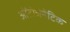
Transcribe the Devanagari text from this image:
ओंटोजेनेटिक